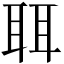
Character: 聑